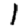
Digit: 1